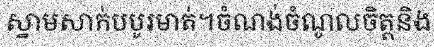
ស្នាមសាក់បបូរមាត់។ចំណង់ចំណូលចិត្តនិង